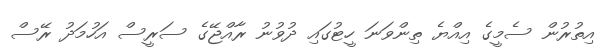
އިތުރުން ސެމީގެ އިއްޔެ ތިންވަނަ ހީޓުގައި ދުވުނު ރާއްޖޭގެ ސަރީސް އަހުމަދު ރޭސް